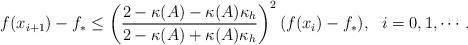
LaTeX: \begin{align*} f(x_{i+1})-f_*\leq \left(\frac{2-\kappa(A)-\kappa(A)\kappa_h}{2-\kappa(A)+\kappa(A)\kappa_h}\right)^2 (f(x_{i})-f_*), ~~i=0, 1, \cdots.\end{align*}